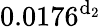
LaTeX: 0.0176^{\mathrm{d}_{2}}